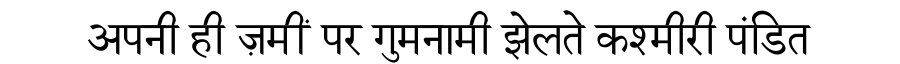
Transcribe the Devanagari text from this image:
अपनी ही ज़मीं पर गुमनामी झेलते कश्मीरी पंडित